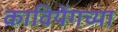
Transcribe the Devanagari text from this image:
कावियेंगच्या